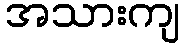
အသားကျ